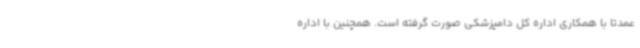
عمدتا با همکاری اداره کل دامپزشکی صورت گرفته است. همچنین با اداره